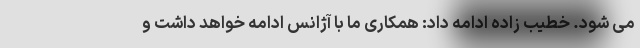
می شود. خطیب زاده ادامه داد: همکاری ما با آژانس ادامه خواهد داشت و